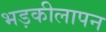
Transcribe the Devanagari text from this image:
भड़कीलापन